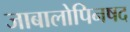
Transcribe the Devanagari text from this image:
जाबालोपिनषद